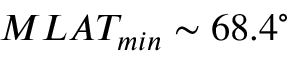
M L A T _ { m i n } \sim 6 8 . 4 ^ { \circ }